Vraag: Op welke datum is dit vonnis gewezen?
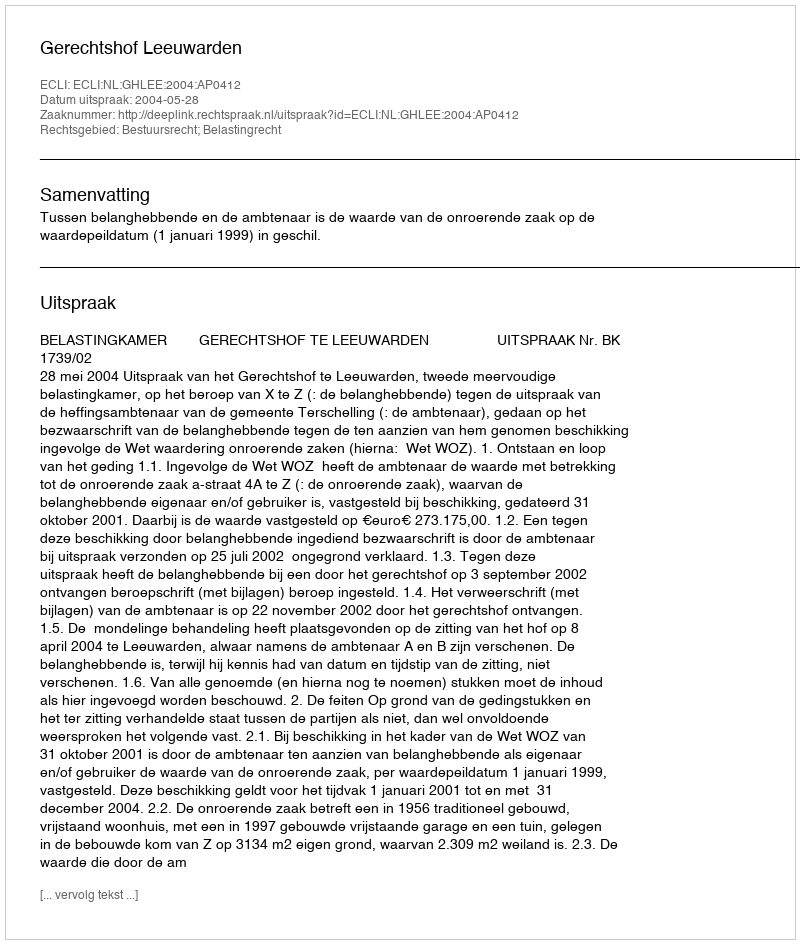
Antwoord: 2004-05-28